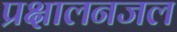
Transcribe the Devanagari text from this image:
प्रक्षालनजल